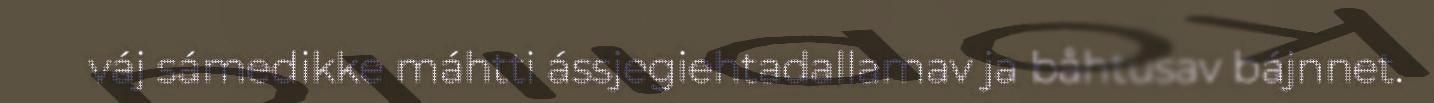
váj sámedikke máhtti ássjegiehtadallamav ja båhtusav bájnnet.